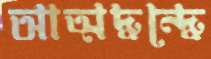
আত্মদ্বন্দ্বে